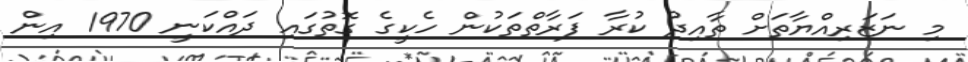
މި ނަޒަރިއްޔާތަށް ތާއިދު ކުރާ ފަރާތްތަކުން ހެކީގެ ގޮތުގައި ދައްކަނީ 1970 އިން